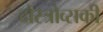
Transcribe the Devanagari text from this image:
दोस्त्रोव्सकी